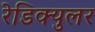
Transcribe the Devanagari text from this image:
रेडिक्युलर